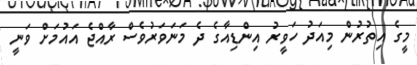
މީގެ އިތުރުން މިއަދު ހަވީރު އިންޑިއާގެ ދެ މަނަވަރުވެސް ރާއްޖެ އައުމަށް ވަނީ